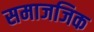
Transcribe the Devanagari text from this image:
समाजजिक